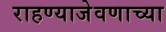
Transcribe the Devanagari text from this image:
राहण्याजेवणाच्या